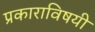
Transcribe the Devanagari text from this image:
प्रकाराविषयी